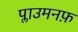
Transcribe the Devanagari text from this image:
प्लाउमनफ़